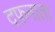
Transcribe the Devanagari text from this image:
दफ़नाता